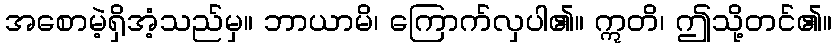
အစောမဲ့ရှိအံ့သည်မှ။ ဘာယာမိ၊ ကြောက်လှပါ၏။ ဣတိ၊ ဤသို့တင်၏။